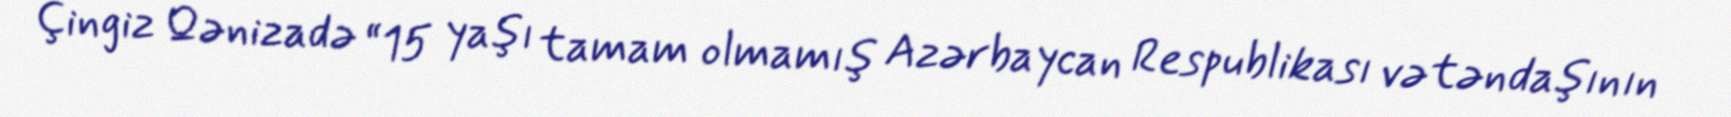
Çingiz Qənizadə “15 yaşı tamam olmamış Azərbaycan Respublikası vətəndaşının